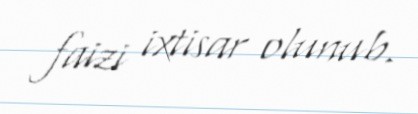
faizi ixtisar olunub.